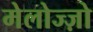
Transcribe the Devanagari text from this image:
मेलोज्ज़ो